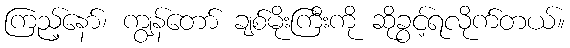
ကြည့်နော်၊ ကျွန်တော် ချစ်မိုးကြီးကို ဆိုခွင့်ရလိုက်တယ်။